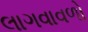
લાગવાવળો